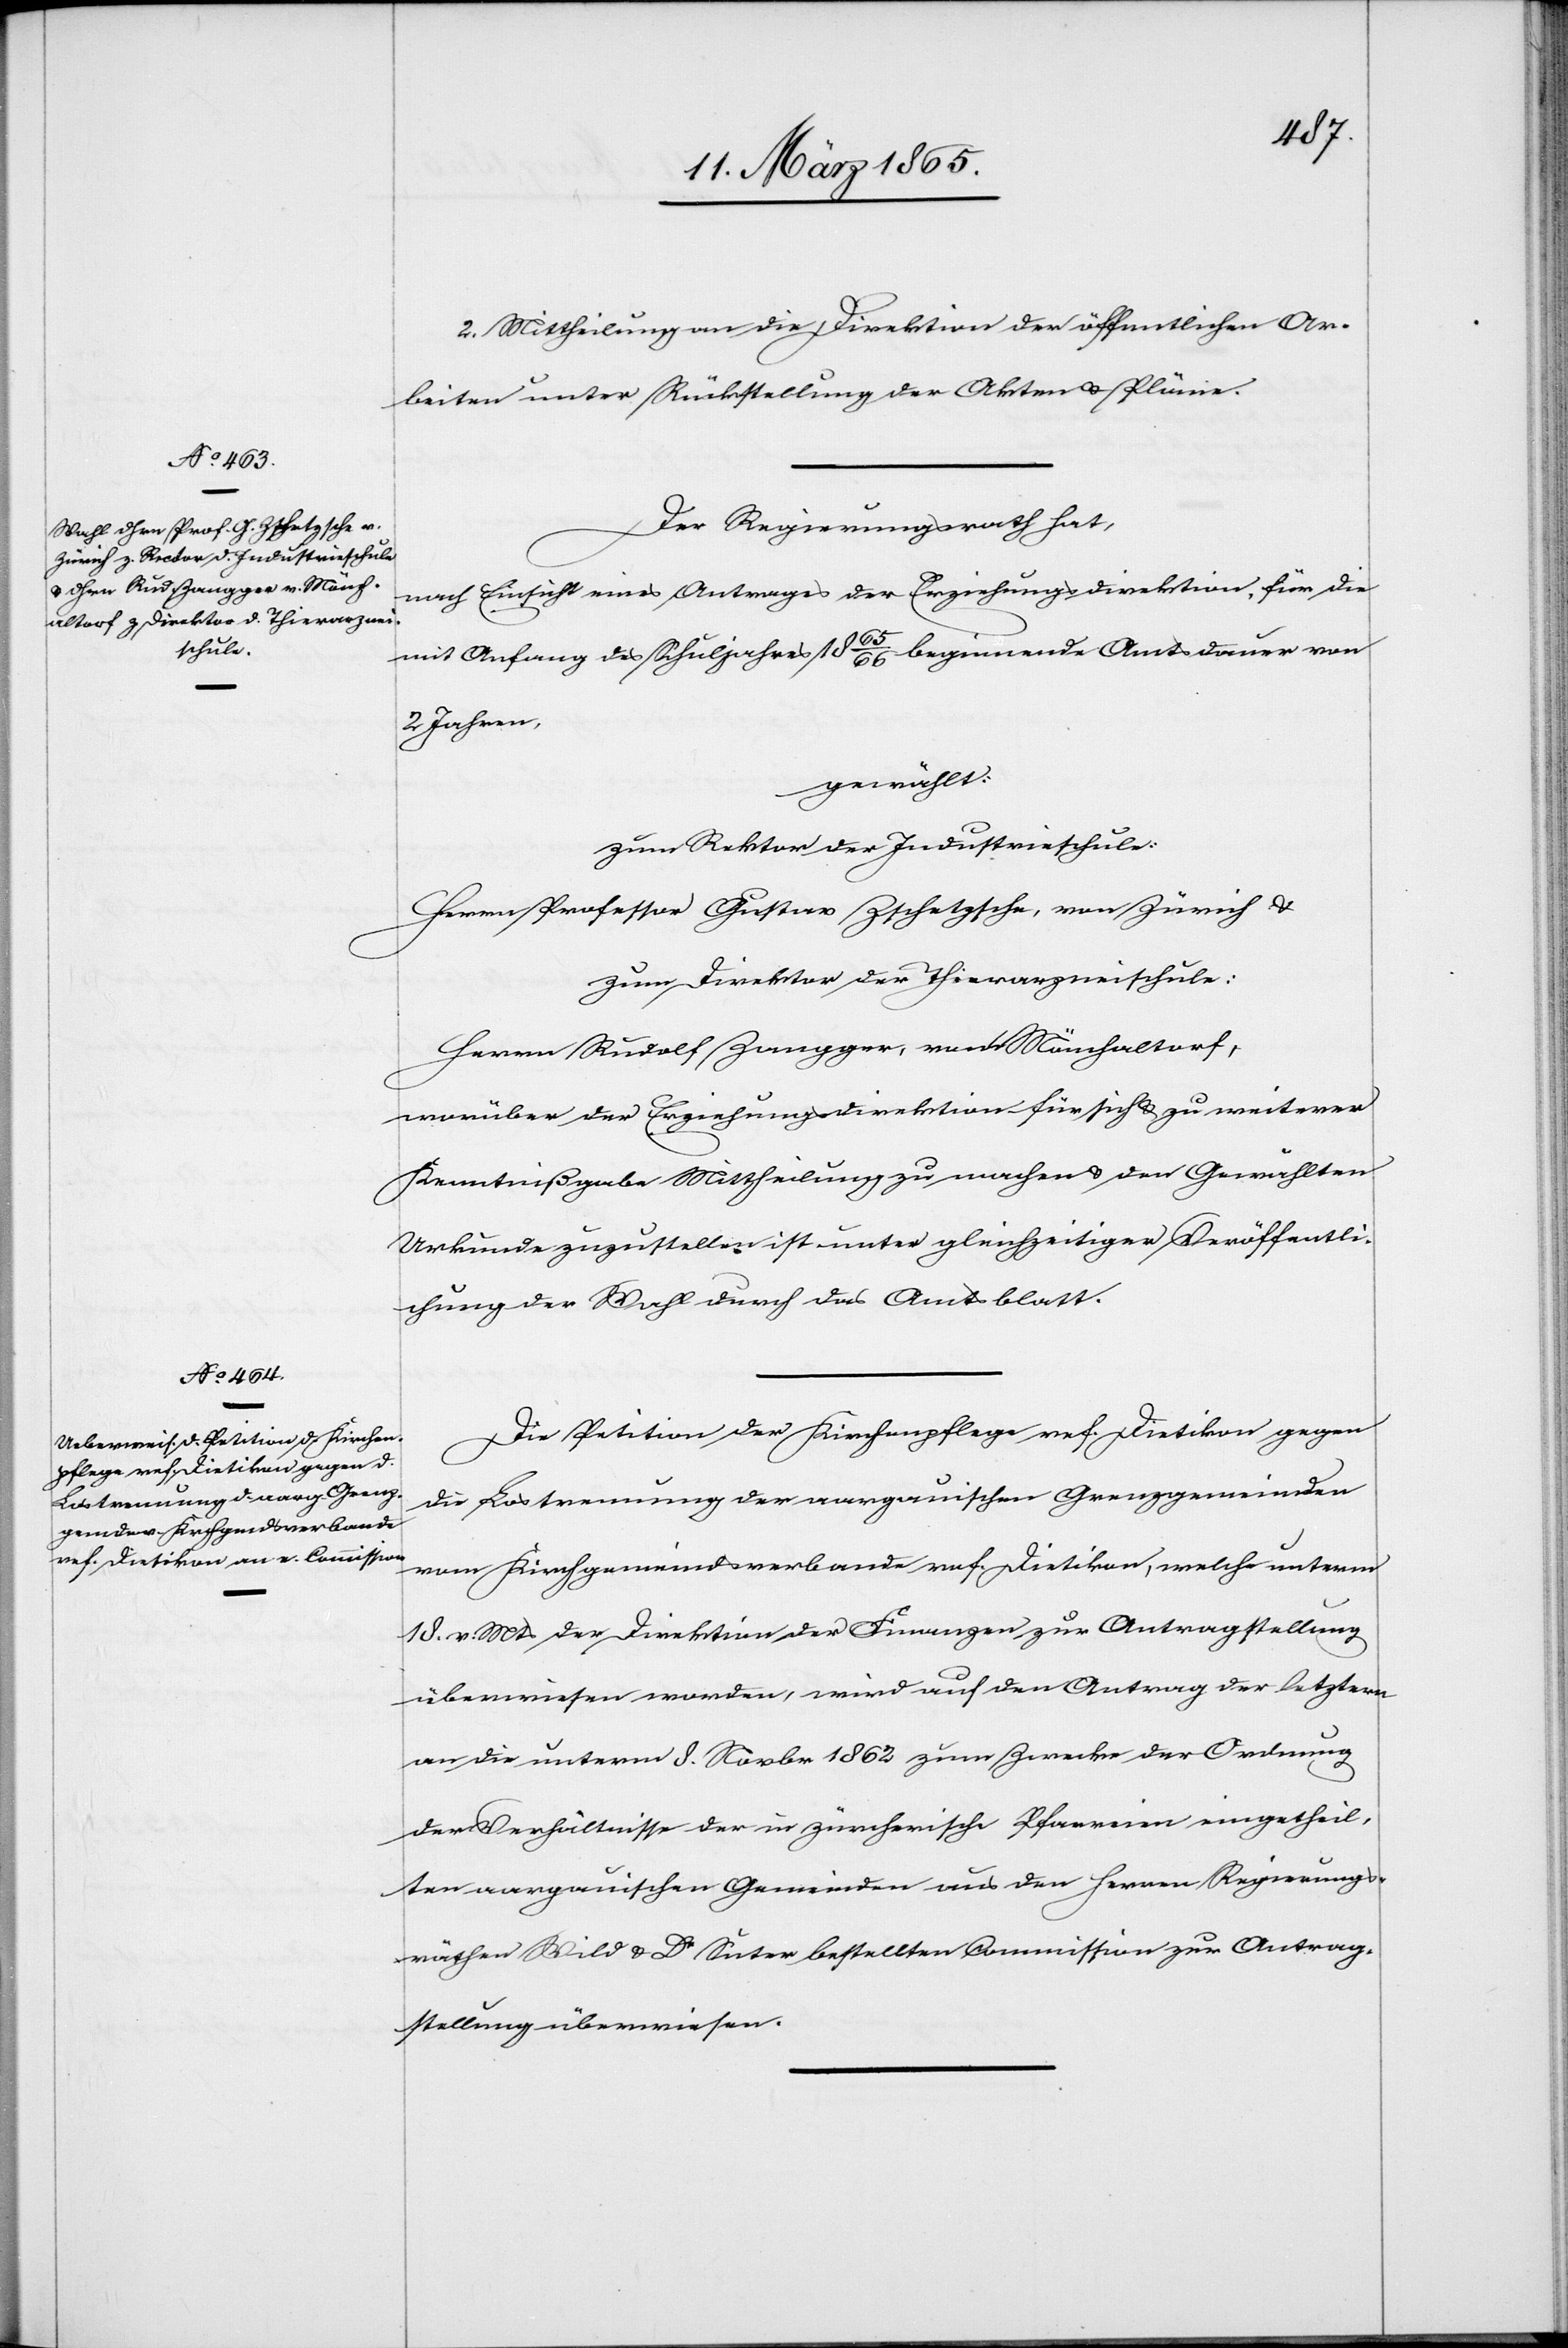
2. Mittheilung an die Direktion der öffentlichen Ar¬
beiten unter Rückstellung der Akten u. Pläne.
Der Regierungsrath hat,
nach Einsicht eines Antrages der Erziehungsdirektion, für die
mit Anfang des Schuljahres 1865/66 beginnende Amtsdauer von
2 Jahren,
gewählt:
zum Rektor der Industrieschule:
Herrn Professor Gustav Zschetzsche, von Zürich &
zum Direktor der Thierarzneischule:
Herrn Rudolf Zangger, von Mönchaltorf,
worüber der Erziehungsdirektion für sich & zu weiterer
Kenntnißgabe Mittheilung zu machen & den Gewählten
Urkunde zuzustellen ist unter gleichzeitiger Veröffentli¬
chung der Wahl durch das Amtsblatt.
Die Petition der Kirchenpflege ref. Dietikon gegen
die Lostrennung der aargauischen Grenzgemeinden
vom Kirchgemeindsverbande ref. Dietikon, welche unterm
18. v. Mts der Direktion der Finanzen zur Antragstellung
überwiesen worden, wird auf den Antrag der letztern
an die unterm 8. Novbr 1862 zum Zwecke der Ordnung
der Verhältnisse der in zürcherische Pfarreien eingetheil¬
ten aargauischen Gemeinden aus den Herren Regierungs¬
räthen Wild & Dr Suter bestellten Commission zur Antrag¬
stellung überwiesen.